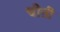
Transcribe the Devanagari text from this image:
चीऩी